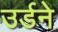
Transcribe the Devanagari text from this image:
उर्डने